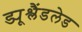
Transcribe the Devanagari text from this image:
ड्यूश्लैंडलेड